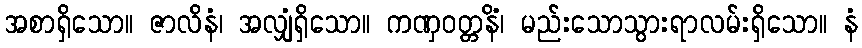
အစာရှိသော။ ဇာလိနံ၊ အလျှံရှိသော။ ကဏှဝတ္တနိံ၊ မည်းသောသွားရာလမ်းရှိသော။ နံ